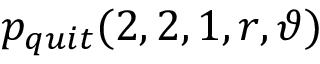
\displaystyle p _ { q u i t } ( 2 , 2 , 1 , r , \vartheta )